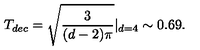
T _ { d e c } = \sqrt { \frac { 3 } { ( d - 2 ) \pi } } | _ { d = 4 } \sim 0 . 6 9 .